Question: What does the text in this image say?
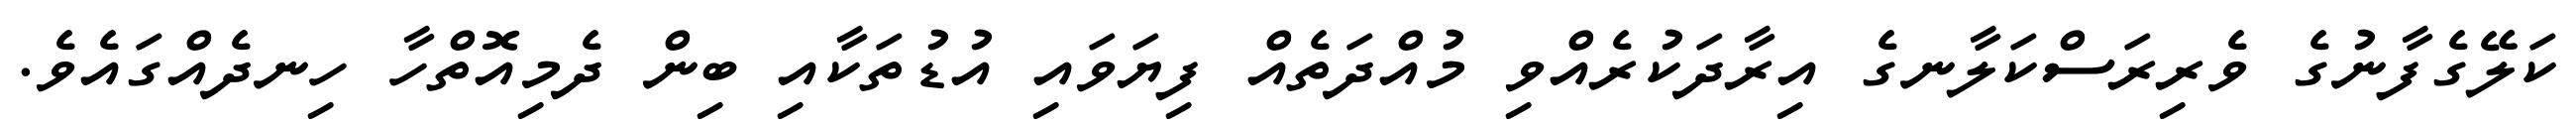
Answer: ކަލޭގެފާނުގެ ވެރިރަސްކަލާނގެ އިރާދަކުރެއްވި މުއްދަތެއް ފިޔަވައި އުޑުތަކާއި ބިން ދެމިއޮތްހާ ހިނދެއްގައެވެ.